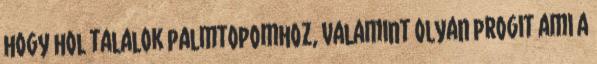
hogy hol talalok palmtopomhoz, valamint olyan progit ami a